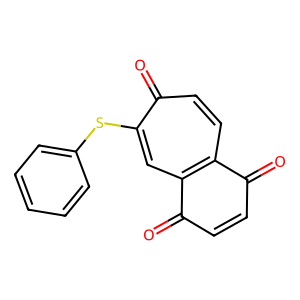
SMILES: O=C1C=CC(=O)c2cc(Sc3ccccc3)c(=O)ccc21
Inhibits HIV replication: No